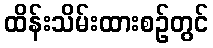
ထိန်းသိမ်းထားစဉ်တွင်